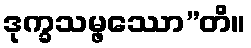
ဒုက္ခသမ္ဖဿော”တိ။